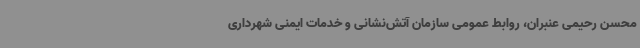
محسن رحیمی عنبران، روابط عمومی سازمان آتش‌نشانی و خدمات ایمنی شهرداری